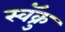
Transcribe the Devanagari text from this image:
स्वॅक्रु